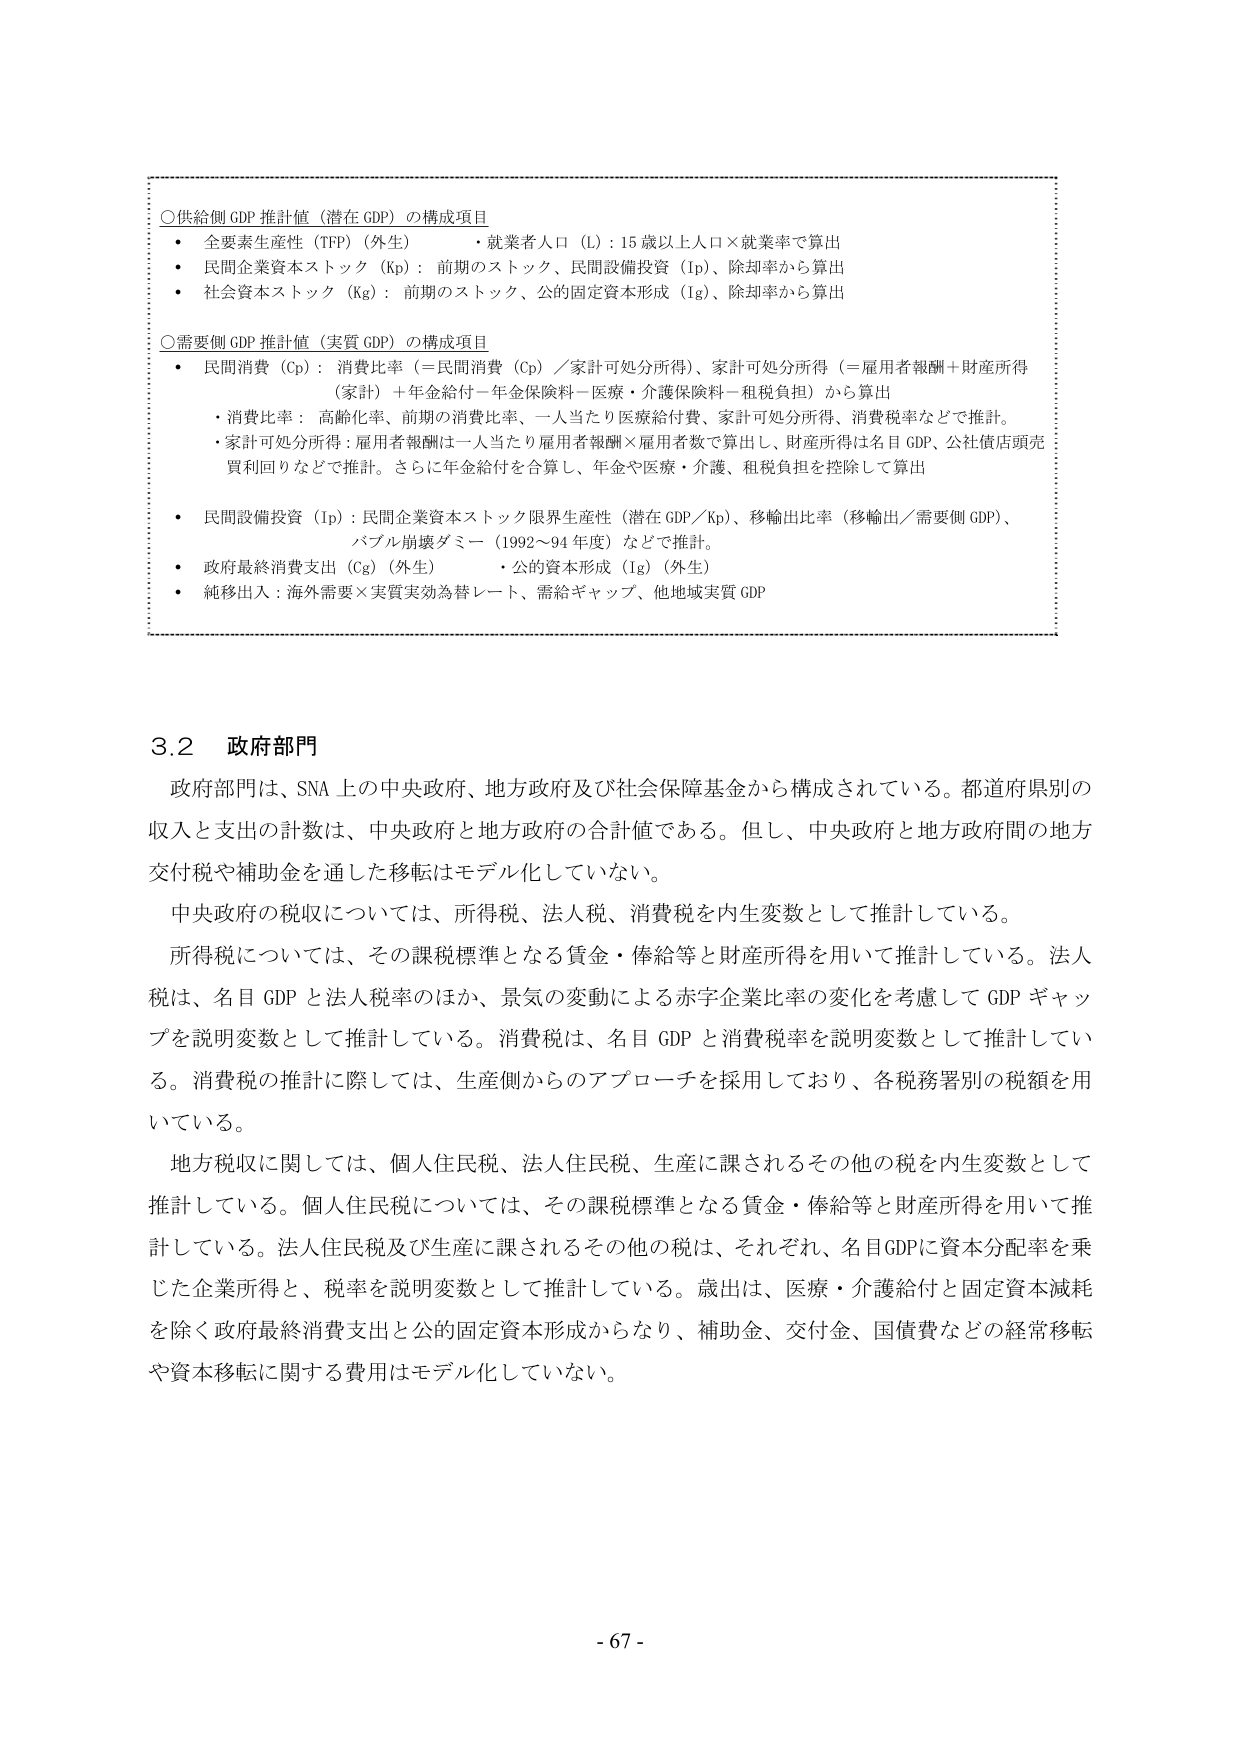
○供給側 GDP 推計値（潜在 GDP）の構成項目
・全要素生産性（TFP）（外生）
　・就業者人口（L）：15 歳以上人口×就業率で算出
・民間企業資本ストック（Kp）：前期のストック、民間設備投資（Ip）、除却率から算出
・社会資本ストック（Kg）：前期のストック、公的固定資本形成（Ig）、除却率から算出

○需要側 GDP 推計値（実質 GDP）の構成項目
・民間消費（Cp）：消費比率（＝民間消費（Cp）／家計可処分所得）、家計可処分所得（＝雇用者報酬＋財産所得（家計）＋年金給付－年金保険料－医療・介護保険料－租税負担）から算出
　・消費比率：高齢化率、前期の消費比率、一人当たり医療給付費、家計可処分所得、消費税率などで推計。
　・家計可処分所得：雇用者報酬は一人当たり雇用者報酬×雇用者数で算出し、財産所得は名目 GDP、公社債店頭売買利回りなどで推計。さらに年金給付を合算し、年金や医療・介護、租税負担を控除して算出
・民間設備投資（Ip）：民間企業資本ストック限界生産性（潜在 GDP／Kp）、移輸出比率（移輸出／需要側 GDP）、バブル崩壊ダミー（1992～94 年度）などで推計。
・政府最終消費支出（Cg）（外生）
　・公的資本形成（Ig）（外生）
・純移出：海外需要×実質実効為替レート、需給ギャップ、他地域実質 GDP

3.2 政府部門
政府部門は、SNA 上の中央政府、地方政府及び社会保障基金から構成されている。都道府県別の収入と支出の計数は、中央政府と地方政府の合計値である。但し、中央政府と地方政府間の地方交付税や補助金を通した移転はモデル化していない。
中央政府の税収については、所得税、法人税、消費税を内生変数として推計している。
所得税については、その課税標準となる賃金・俸給等と財産所得を用いて推計している。法人税は、名目 GDP と法人税率のほか、景気の変動による赤字企業比率の変化を考慮して GDP ギャップを説明変数として推計している。消費税は、名目 GDP と消費税率を説明変数として推計している。消費税の推計に際しては、生産側からのアプローチを採用しており、各税務署別の税額を用いている。
地方税収に関しては、個人住民税、法人住民税、生産に課されるその他の税を内生変数として推計している。個人住民税については、その課税標準となる賃金・俸給等と財産所得を用いて推計している。法人住民税及び生産に課されるその他の税は、それぞれ、名目GDPに資本分配率を乗じた企業所得と、税率を説明変数として推計している。歳出は、医療・介護給付と固定資本減耗を除く政府最終消費支出と公的固定資本形成からなり、補助金、交付金、国債費などの経常移転や資本移転に関する費用はモデル化していない。

- 67 -